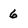
Character: 6